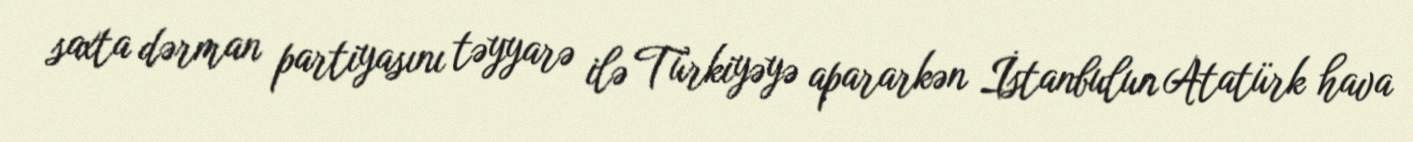
saxta dərman partiyasını təyyarə ilə Türkiyəyə apararkən İstanbulun Atatürk hava